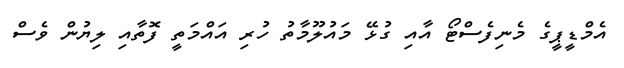
އެމްޑީޕީގެ މެނިފެސްޓޯ އާއި ގުޅޭ މައުލޫމާތު ހުރި އައްމަތީ ފޮތާއި ލިޔުން ވެސް